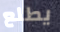
يطلع